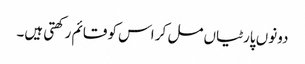
دونوں پارٹیاں مل کر اس کو قائم رکھتی ہیں۔